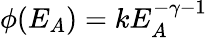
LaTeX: \phi(E_{A})=kE_{A}^{-\gamma-1}